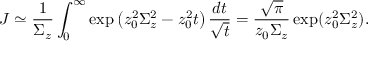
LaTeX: J \simeq \frac { 1 } { \Sigma _ { z } } \int _ { 0 } ^ { \infty } \exp \left( z _ { 0 } ^ { 2 } \Sigma _ { z } ^ { 2 } - z _ { 0 } ^ { 2 } t \right) \frac { d t } { \sqrt { t } } = \frac { \sqrt { \pi } } { z _ { 0 } \Sigma _ { z } } \exp ( z _ { 0 } ^ { 2 } \Sigma _ { z } ^ { 2 } ) .